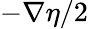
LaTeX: -\nabla\eta/2